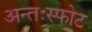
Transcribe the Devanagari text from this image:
अन्तःस्फोट